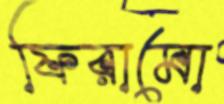
ফিরামো